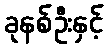
ခုနစ်ဦးနှင့်